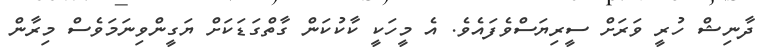
ދާނިޝް ހުރީ ވަރަށް ސީރިޔަސްވެފައެވެ. އެ މީހަކީ ކާކުކަން ގާތްގަޑަކަށް ޔަގީންވިނަމަވެސް މިރާން